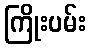
ကြိုးပမ်း